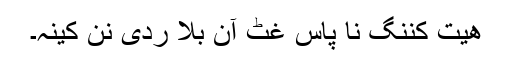
ھیت کنِنگ نا پاس غُٹ آن بلّا ردی نن کینہ۔